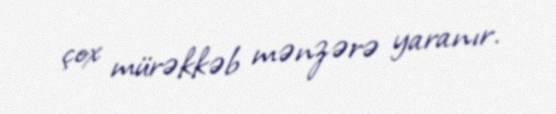
çox mürəkkəb mənzərə yaranır.